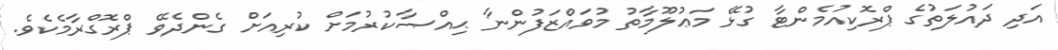
އަދި ދައުލަތުގެ ޕްރޮކިއުމެންޓާ ގުޅޭ މަޢުލޫމާތު މުވައްޒަފުންނާ ޙިއްޞާކުރުމަށް ކުރިއަށް ގެންދެވޭ ޕްރޮގްރާމެކެވެ.